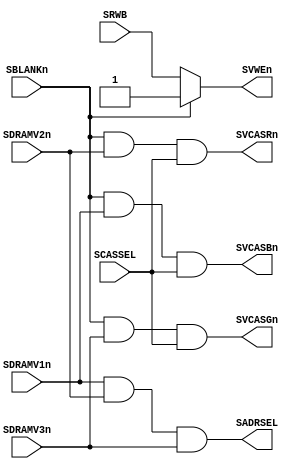
// This program was cloned from: https://github.com/pcornier/FM-7_MiSTer
// License: GNU General Public License v2.0


module SUBCRTADDR(
  input SDRAMV1n,
  input SDRAMV2n,
  input SDRAMV3n,
  input SBLANKn,
  input SCASSEL,
  input SRWB,
  output SVCASBn,
  output SVCASRn,
  output SVCASGn,
  output SVWEn,
  output SADRSEL
);

assign SVCASBn = SBLANKn & SDRAMV1n & SCASSEL;
assign SVCASRn = SBLANKn & SDRAMV2n & SCASSEL;
assign SVCASGn = SBLANKn & SDRAMV3n & SCASSEL;

assign SVWEn = ~SBLANKn ? SRWB : 1'b1;

assign SADRSEL = SDRAMV1n & SDRAMV2n & SDRAMV3n;

// M59 is supposed to disable SCPU writes (SCPUWEn=1) when SBLANK=1
// and mux SCPU/SVD RAS/CAS signals based on SBLANK

endmodule